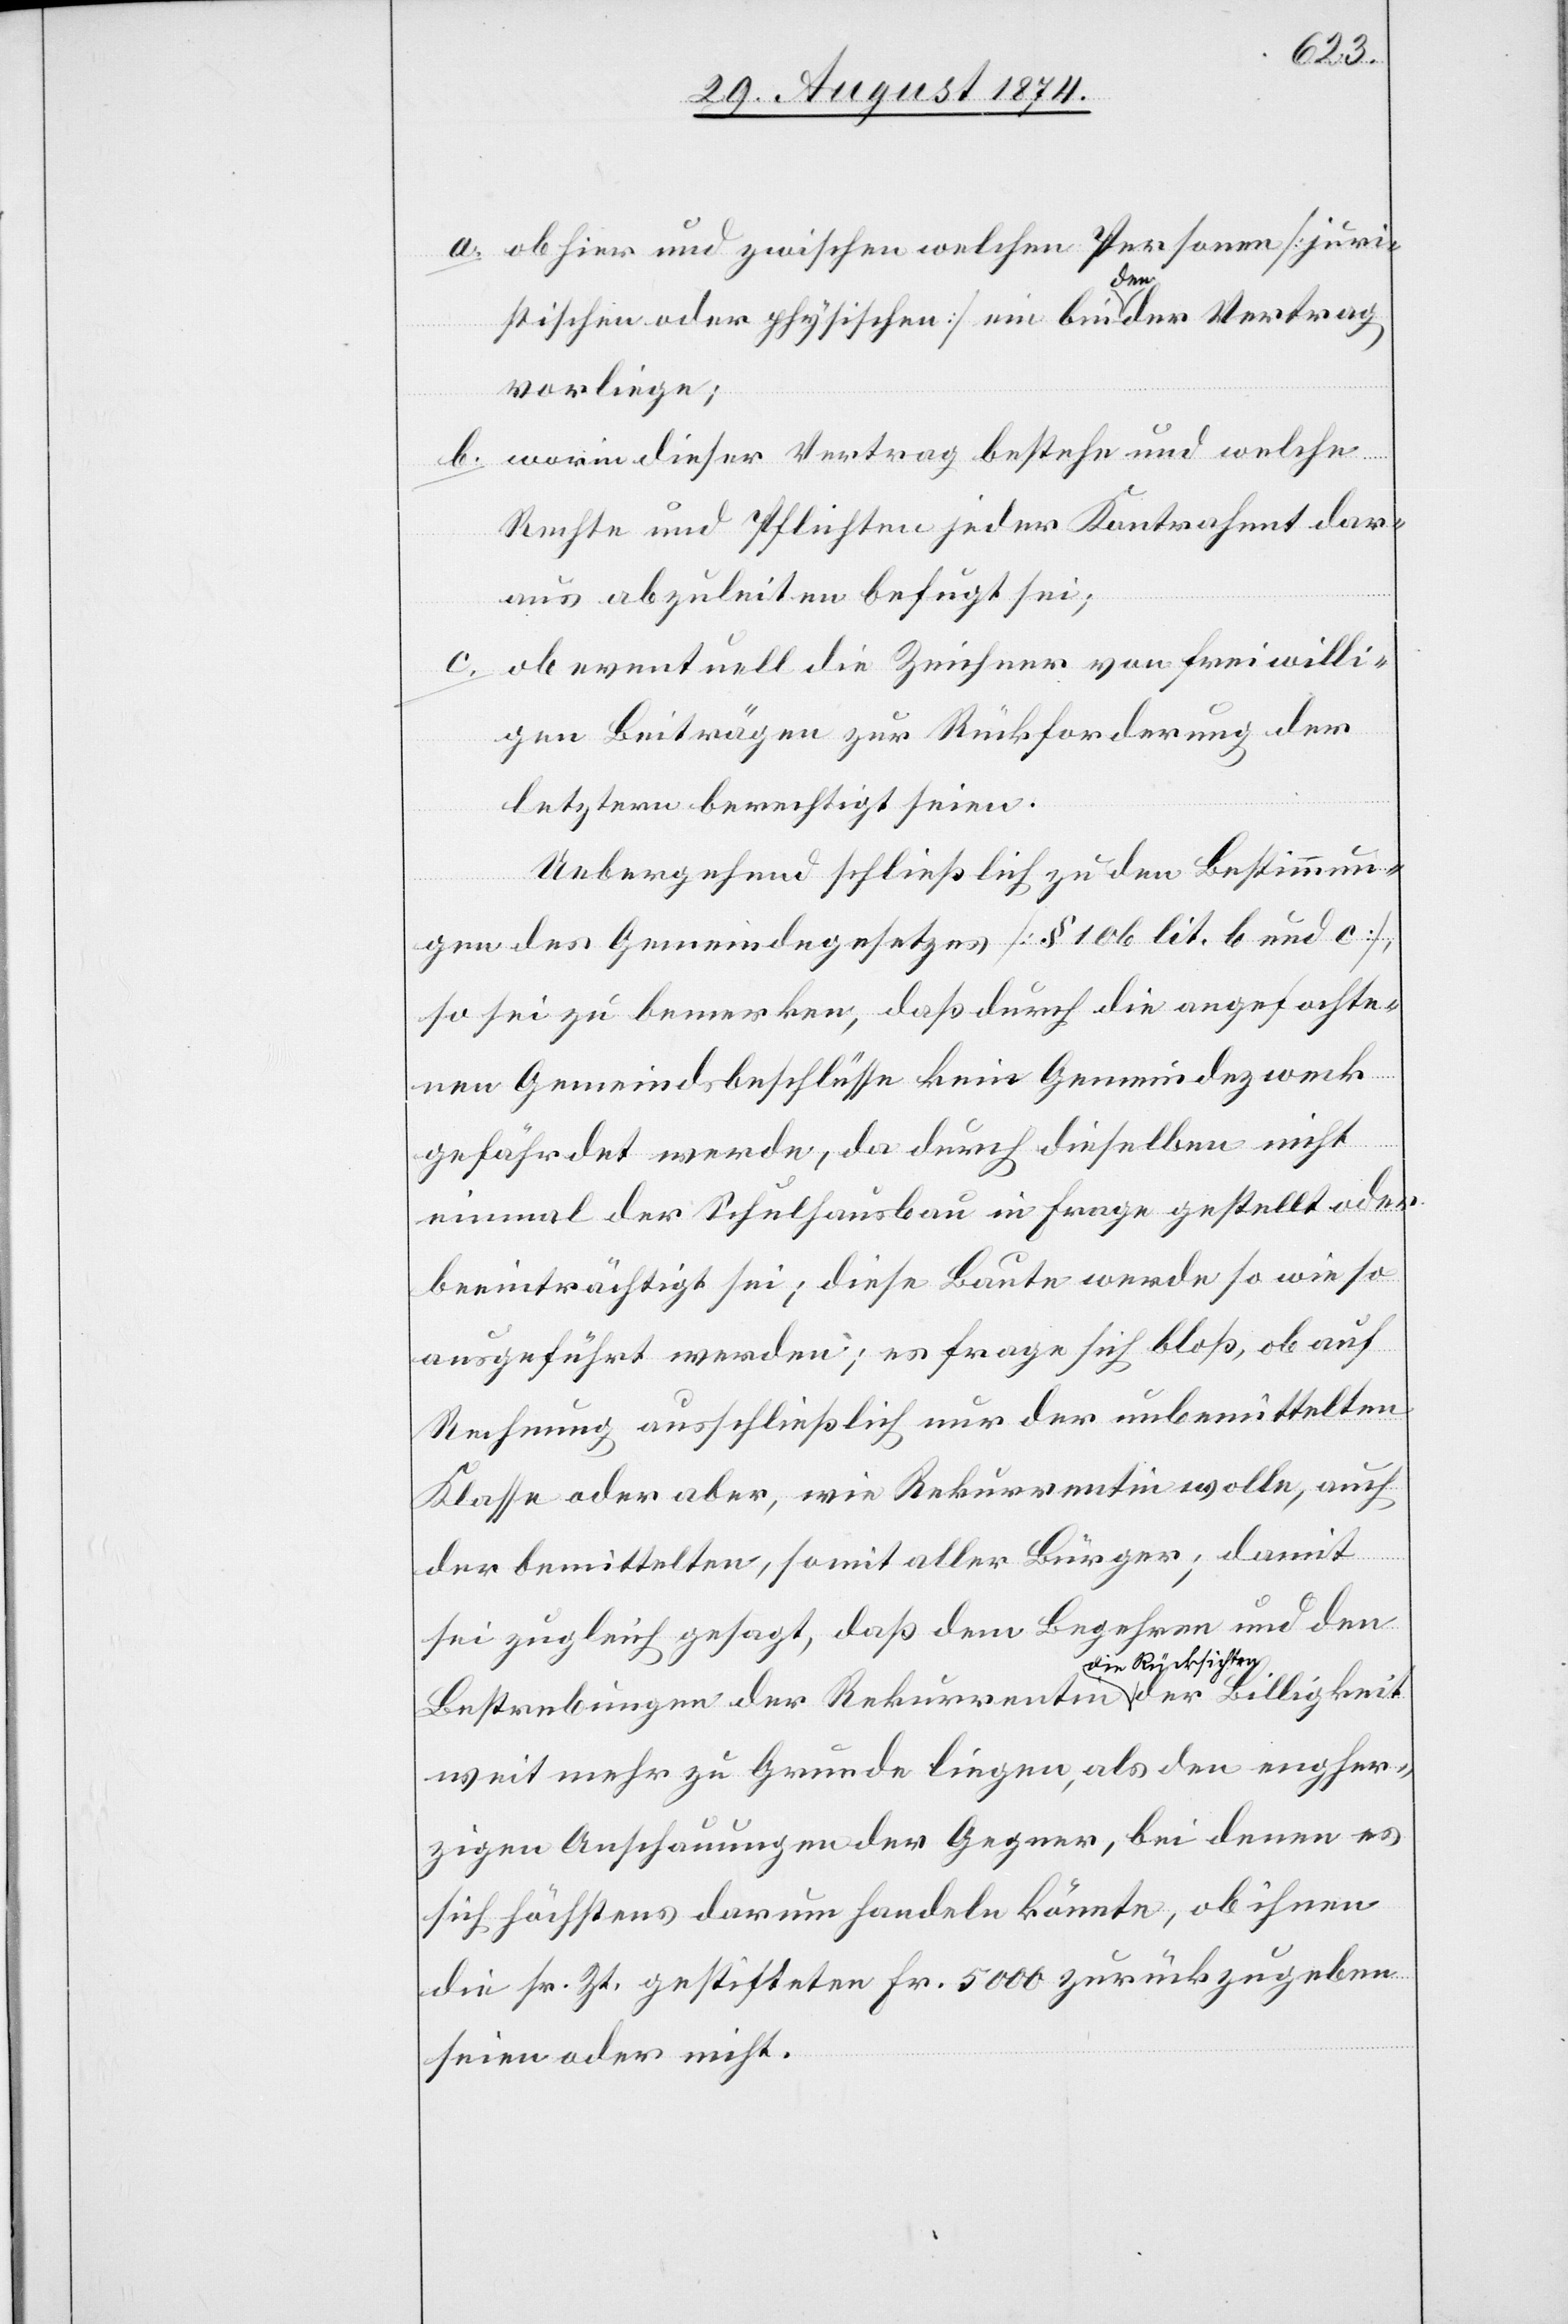
a. ob hier und zwischen welchen Personen [juri¬
der
stischen oder physischen] ein bindender Vertrag
vorliege;
b. worin dieser Vertrag bestehe und welche
Rechte und Pflichten jeder Kontrahent dar¬
aus abzuleiten befugt sei;
c. ob eventuell die Zeichner von freiwilli¬
gen Beiträgen zur Rückforderung der
letztern berechtigt seien.
Uebergehend schließlich zu den Bestimmun¬
gen des Gemeindegesetzes [§ 106 lit. b und c],
so wie zu bemerken, daß durch die angefochte¬
nen Gemeindsbeschlüsse kein Gemeindezweck
gefährdet werde, da durch dieselben nicht
einmal der Schulhausbau in Frage gestellt oder
beeinträchtigt sei; diese Baute werde so wie so
ausgeführt werden; es frage sich bloß, ob auf
Rechnung ausschließlich nur der unbemittelten
Klasse oder aber, wie Rekurrentin wolle, auch
der bemittelten, somit aller Bürger; damit
sei zugleich gesagt, daß dem Begehren und den
Bestrebungen der Rekurrentin die Rücksichten
weit mehr zu Grunde liegen, als den engher¬
zigen Anschauungen der Gegner, bei denen es
sich höchstens darum handeln könnte, ob ihnen
die sr. Zt. gestifteten Fr. 5000 zurückzugeben
seien oder nicht.